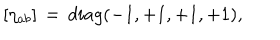
LaTeX: \left[ \eta _ { a b } \right] \, = \, d i a g ( - 1 , + 1 , + 1 , + 1 ) ,